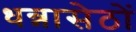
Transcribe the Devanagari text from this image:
धन्नासेठों